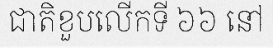
ជាតិខួបលើកទី ៦៦ នៅ